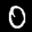
Label: 0